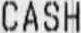
CASH